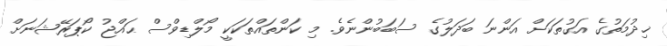
ޚިދުމަތުގެ އަގުތަކަށް އަންނަ ބަދަލުގެ ސަބަބުންނެވެ. މި ކަންތައްތަކަކީ މޯލްޑިވްސް ޙައްޖު ކޯޕަރޭޝަނަށް